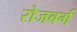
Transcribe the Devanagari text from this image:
रोजबर्ग